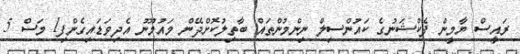
ރައީސް ޔާމީން ފެކްޝަނުގެ ކައުންސިލް ނިންމުންތައް ބާތިލުކޮށްދޭން މައުމޫނު އެދިވަޑައިގެންފި1 މަސް 5